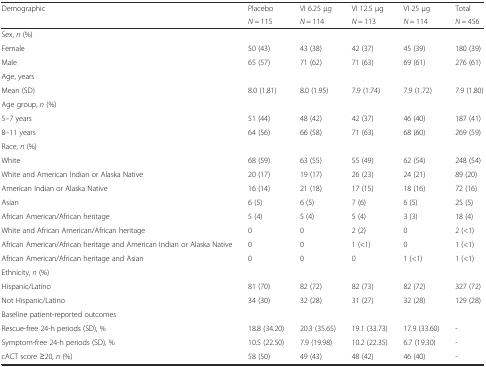
<table><thead><tr><td rowspan="2"><b>Demographic</b></td><td><b>Placebo</b></td><td><b>VI 6.25 μg</b></td><td><b>VI 12.5 μg</b></td><td><b>VI 25 μg</b></td><td><b>Total</b></td></tr><tr><td><b><i>N</i> = 115</b></td><td><b><i>N</i> = 114</b></td><td><b><i>N</i> = 113</b></td><td><b><i>N</i> = 114</b></td><td><b><i>N</i> = 456</b></td></tr></thead><tbody><tr><td colspan="6">Sex, <i>n</i> (%)</td></tr><tr><td>Female</td><td>50 (43)</td><td>43 (38)</td><td>42 (37)</td><td>45 (39)</td><td>180 (39)</td></tr><tr><td>Male</td><td>65 (57)</td><td>71 (62)</td><td>71 (63)</td><td>69 (61)</td><td>276 (61)</td></tr><tr><td colspan="6">Age, years</td></tr><tr><td>Mean (SD)</td><td>8.0 (1.81)</td><td>8.0 (1.95)</td><td>7.9 (1.74)</td><td>7.9 (1.72)</td><td>7.9 (1.80)</td></tr><tr><td colspan="6">Age group, <i>n</i> (%)</td></tr><tr><td>5–7 years</td><td>51 (44)</td><td>48 (42)</td><td>42 (37)</td><td>46 (40)</td><td>187 (41)</td></tr><tr><td>8–11 years</td><td>64 (56)</td><td>66 (58)</td><td>71 (63)</td><td>68 (60)</td><td>269 (59)</td></tr><tr><td colspan="6">Race, <i>n</i> (%)</td></tr><tr><td>White</td><td>68 (59)</td><td>63 (55)</td><td>55 (49)</td><td>62 (54)</td><td>248 (54)</td></tr><tr><td>White and American Indian or Alaska Native</td><td>20 (17)</td><td>19 (17)</td><td>26 (23)</td><td>24 (21)</td><td>89 (20)</td></tr><tr><td>American Indian or Alaska Native</td><td>16 (14)</td><td>21 (18)</td><td>17 (15)</td><td>18 (16)</td><td>72 (16)</td></tr><tr><td>Asian</td><td>6 (5)</td><td>6 (5)</td><td>7 (6)</td><td>6 (5)</td><td>25 (5)</td></tr><tr><td>African American/African heritage</td><td>5 (4)</td><td>5 (4)</td><td>5 (4)</td><td>3 (3)</td><td>18 (4)</td></tr><tr><td>White and African American/African heritage</td><td>0</td><td>0</td><td>2 (2)</td><td>0</td><td>2 (&lt;1)</td></tr><tr><td>African American/African heritage and American Indian or Alaska Native</td><td>0</td><td>0</td><td>1 (&lt;1)</td><td>0</td><td>1 (&lt;1)</td></tr><tr><td>African American/African heritage and Asian</td><td>0</td><td>0</td><td>0</td><td>1 (&lt;1)</td><td>1 (&lt;1)</td></tr><tr><td colspan="6">Ethnicity, <i>n</i> (%)</td></tr><tr><td>Hispanic/Latino</td><td>81 (70)</td><td>82 (72)</td><td>82 (73)</td><td>82 (72)</td><td>327 (72)</td></tr><tr><td>Not Hispanic/Latino</td><td>34 (30)</td><td>32 (28)</td><td>31 (27)</td><td>32 (28)</td><td>129 (28)</td></tr><tr><td colspan="6">Baseline patient-reported outcomes</td></tr><tr><td>Rescue-free 24-h periods (SD), %</td><td>18.8 (34.20)</td><td>20.3 (35.65)</td><td>19.1 (33.73)</td><td>17.9 (33.60)</td><td>-</td></tr><tr><td>Symptom-free 24-h periods (SD), %</td><td>10.5 (22.50)</td><td>7.9 (19.98)</td><td>10.2 (22.35)</td><td>6.7 (19.30)</td><td>-</td></tr><tr><td>cACT score ≥20, <i>n</i> (%)</td><td>58 (50)</td><td>49 (43)</td><td>48 (42)</td><td>46 (40)</td><td>-</td></tr></tbody></table>